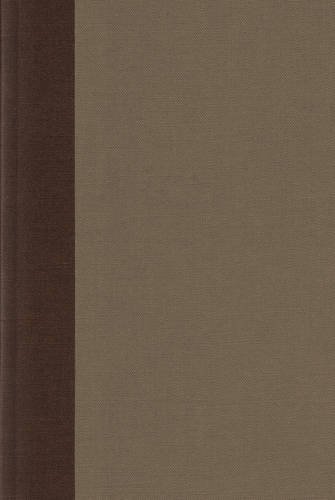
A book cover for ESV Reader's Bible (Cloth Over Board, Timeless); ESV Bibles by Crossway; Christian Books & Bibles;